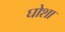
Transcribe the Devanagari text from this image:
घोशा